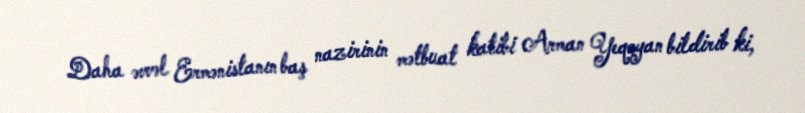
Daha əvvəl Ermənistanın baş nazirinin mətbuat katibi Arman Yeqoyan bildirib ki,